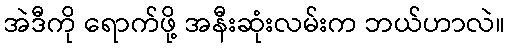
အဲဒီကို ရောက်ဖို့ အနီးဆုံးလမ်းက ဘယ်ဟာလဲ။